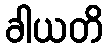
ခါယတိ